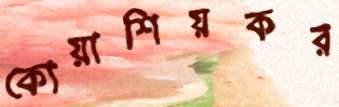
কোয়াশিয়কর